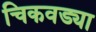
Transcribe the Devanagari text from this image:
चिकवड्या